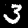
Label: 3